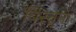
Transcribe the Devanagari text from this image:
विस्तृतं